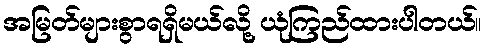
အမြတ်များစွာရရှိမယ်လို့ ယုံကြည်ထားပါတယ်။